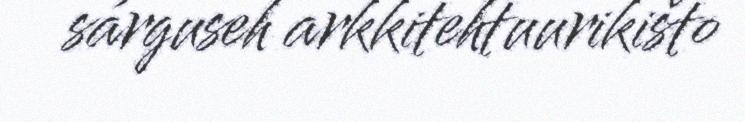
sárguseh arkkitehtuurikišto